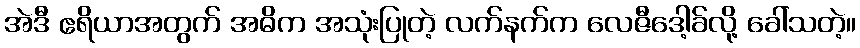
အဲဒီ ဧရိယာအတွက် အဓိက အသုံးပြုတဲ့ လက်နက်က လေဇီဒေါ့ခ်လို့ ခေါ်သတဲ့။